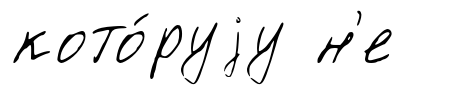
кото́руjу н'е